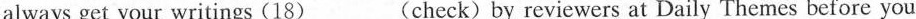
always get your writings (18)___(check) by re viewers at Daily Themes before you